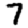
Digit: 7